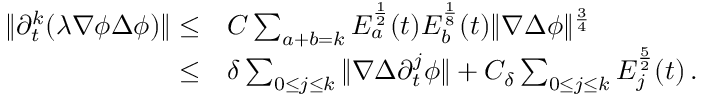
\begin{array} { r l } { \| \partial _ { t } ^ { k } ( \lambda \nabla \phi \Delta \phi ) \| \leq } & { C \sum _ { a + b = k } E _ { a } ^ { \frac { 1 } { 2 } } ( t ) E _ { b } ^ { \frac { 1 } { 8 } } ( t ) \| \nabla \Delta \phi \| ^ { \frac { 3 } { 4 } } } \\ { \leq } & { \delta \sum _ { 0 \leq j \leq k } \| \nabla \Delta \partial _ { t } ^ { j } \phi \| + C _ { \delta } \sum _ { 0 \leq j \leq k } E _ { j } ^ { \frac { 5 } { 2 } } ( t ) \, . } \end{array}